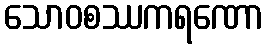
သောဝစဿကရဏော